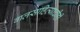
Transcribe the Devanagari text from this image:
बालसाहित्याचीही